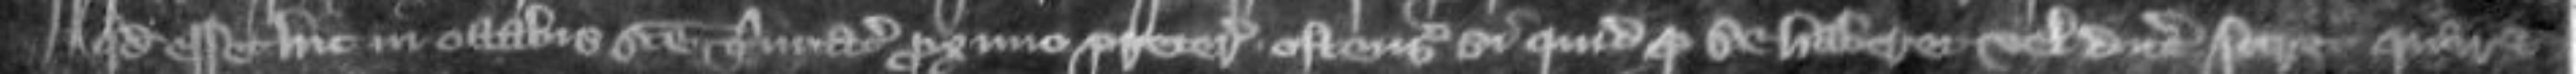
quod esset hic in octabis Sancte Trinitatis proximo preteritis ostensurus si quid pro se haberet vel dicere sciret quare